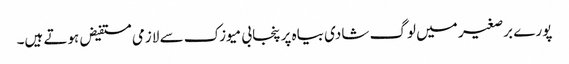
پورے برصغیر میں لوگ شادی بیاہ پر پنجابی میوزک سے لازمی مستفیض ہوتے ہیں۔